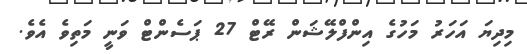
މިދިޔަ އަހަރު މަހުގެ އިންފްލޭޝަން ރޭޓް 27 ޕަސެންޓް ވަނީ މަތިވެ އެވެ.